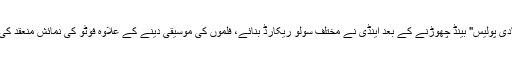
"دی پولیس" بینڈ چھوڑنے کے بعد اینڈی نے مختلف سولو ریکارڈ بنائے، فلموں کی موسیقی دینے کے علاوہ فوٹو کی نمائش منعقد کی۔